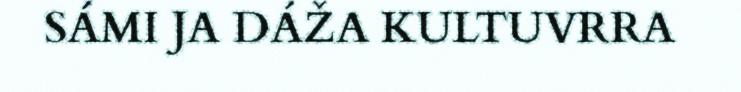
SÁMI JA DÁŽA KULTUVRRA